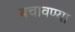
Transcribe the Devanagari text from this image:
बचावण्या